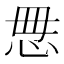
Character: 𰑓